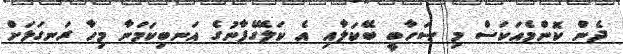
ދެން ކޮންމެއަކަސް މި ޞަހާބީ ބޭކަލާއި އެ ކަލޭގެފާނުގެ އަނބިކަމަނާ މިހާ ރަނގަޅަށް